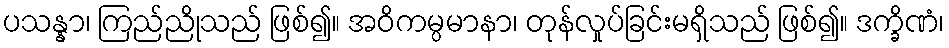
ပသန္နာ၊ ကြည်ညိုသည် ဖြစ်၍။ အဝိကမ္ပမာနာ၊ တုန်လှုပ်ခြင်းမရှိသည် ဖြစ်၍။ ဒက္ခိဏံ၊